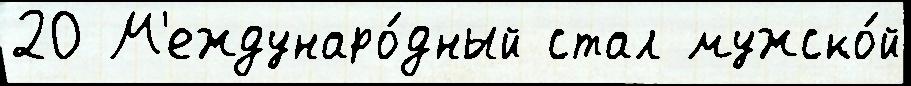
20 М'еждунаро́дный стал мужско́й